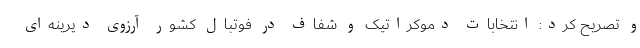
و تصریح کرد: انتخابات دموکراتیک و شفاف در فوتبال کشور آرزوی دیرینه‌ای